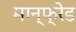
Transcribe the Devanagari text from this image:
मान्फ्रेड